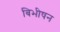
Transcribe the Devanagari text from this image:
बिभीषन